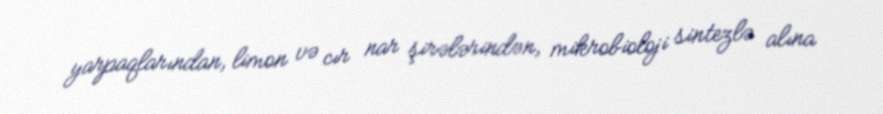
yarpaqlarından, limon və cır nar şirələrindən, mikrobioloji sintezlə alına